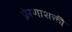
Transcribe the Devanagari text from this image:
प्रेरणाशक्ती